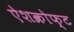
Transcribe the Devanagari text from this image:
ऐशक्रोफ्ट